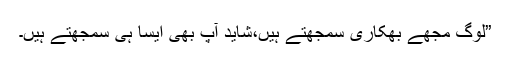
”لوگ مجھے بھکاری سمجھتے ہیں،شاید آپ بھی ایسا ہی سمجھتے ہیں۔